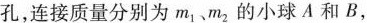
孔，连接质量分别为m_{1}、m_{2}的小球A和B，